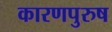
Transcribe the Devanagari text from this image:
कारणपुरुष